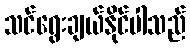
သင်ရွေးချယ်နိုင်ပါသည်